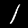
Digit: 1